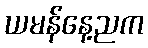
ယမန်နေ့ညက